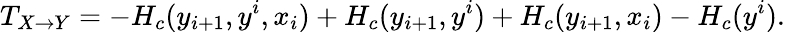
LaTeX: T_{X\rightarrow Y}=-H_{c}(y_{i+1},y^{i},x_{i})+H_{c}(y_{i+1},y^{i})+H_{c}(y_{i+1},x_{i})-H_{c}(y^{i}).